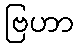
ဗြဟာ